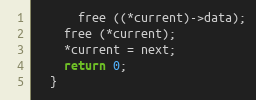
Language: C
      free ((*current)->data);
    free (*current);
    *current = next;
    return 0;
  }